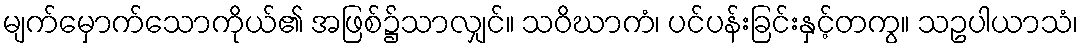
မျက်မှောက်သောကိုယ်၏ အဖြစ်၌သာလျှင်။ သဝိဃာကံ၊ ပင်ပန်းခြင်းနှင့်တကွ။ သဥပါယာသံ၊